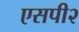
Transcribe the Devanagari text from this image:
एसपी२